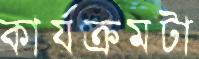
কার্যক্রমটা